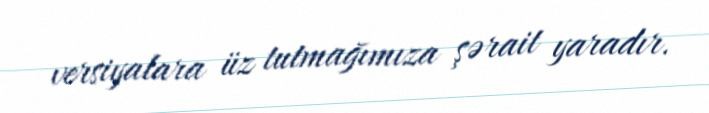
versiyalara üz tutmağımıza şərait yaradır.